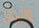
وانظر